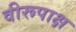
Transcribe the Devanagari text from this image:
वीरूपाक्ष